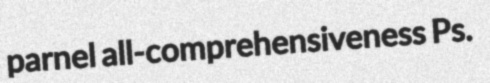
parnel all-comprehensiveness Ps.